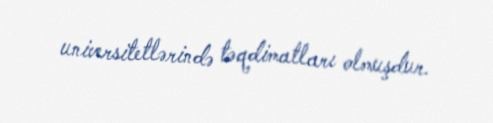
universitetlərində təqdimatları olmuşdur.